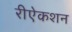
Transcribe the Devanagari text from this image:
रीऐकशन